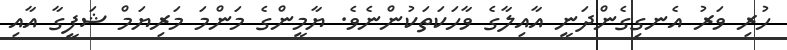
ހުރި ވަރު އެނގިގެންދަނީ އާއިލާގެ ވާހަކަތަކުންނެވެ. ޔާމީންގެ މަންމަ މަރިޔަމް ޝަފީގާ އާއި